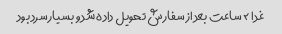
غدا ٢ ساعت بعد از سفارش تحویل داده شد و بسیار سرد بود